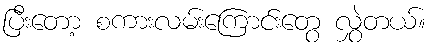
ပြီးတော့ စကားလမ်းကြောင်းတွေ လွှဲတယ်။